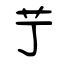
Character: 艼